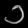
Digit: ၁